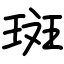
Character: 斑